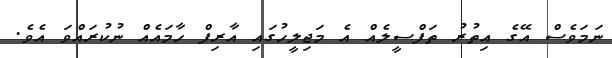
ނަމަވެސް އޭގެ އިތުރު ތަފްސީލެއް އެ މަޖިލީހުގައި އާރިފް ހާމައެއް ނުކުރައްވަ އެވެ.